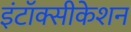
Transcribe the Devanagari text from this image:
इंटॉक्सीकेशन